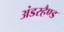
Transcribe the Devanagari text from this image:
अंडरहैण्ड